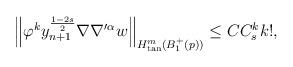
LaTeX: \begin{align*}\left\| \varphi^{k} y_{n+1}^{\frac{1-2s}{2}}\nabla \nabla'^{\alpha} w \right\|_{H^m_{\tan}(B_{1}^+(p))}\leq C C_s^k k!,\end{align*}